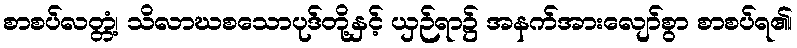
စာစပ်လတ္တံ့၊ သိလာဃစသောပုဒ်တို့နှင့် ယှဉ်ရာ၌ အနက်အားလျော်စွာ စာစပ်ရ၏၊